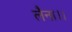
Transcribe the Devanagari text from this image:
लैना।।